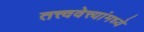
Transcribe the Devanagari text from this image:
तत्त्ववेत्त्यांमध्ये